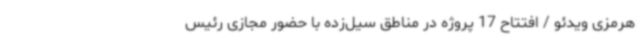
هرمزی ویدئو / افتتاح 17 پروژه در مناطق سیل‌زده با حضور مجازی رئیس